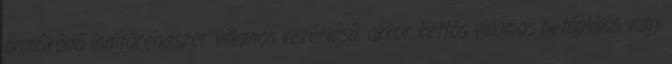
önmûködõ indítórendszer villamos vezérlésû, akkor kettõs villamos betáplálás vagy